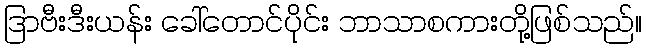
ဒြာဗီးဒီးယန်း ခေါ်တောင်ပိုင်း ဘာသာစကားတို့ဖြစ်သည်။